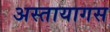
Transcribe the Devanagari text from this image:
अस्तायागस